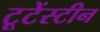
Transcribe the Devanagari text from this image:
टूटेंस्टीन